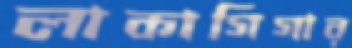
লাকাগিগার